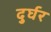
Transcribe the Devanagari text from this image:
दुर्घर